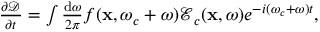
\begin{array} { r } { \frac { \partial \boldsymbol { \mathcal { D } } } { \partial t } = \int \frac { \mathrm { d } \omega } { 2 \pi } f ( \mathbf { x } , \omega _ { c } + \omega ) \boldsymbol { \mathcal { E } } _ { c } ( \mathbf { x } , \omega ) e ^ { - i ( \omega _ { c } + \omega ) t } , } \end{array}